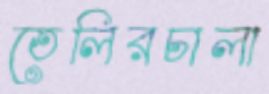
তেলিরচালা